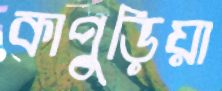
কাপুড়িয়া